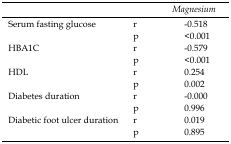
<table><thead><tr><td></td><td></td><td><b><i>Magnesium</i></b></td></tr></thead><tbody><tr><td>Serum fasting glucose</td><td>rp</td><td>-0.518&lt;0.001</td></tr><tr><td>HBA1C</td><td>rp</td><td>-0.579&lt;0.001</td></tr><tr><td>HDL</td><td>rp</td><td>0.2540.002</td></tr><tr><td>Diabetes duration</td><td>rp</td><td>-0.0000.996</td></tr></tbody></table>